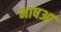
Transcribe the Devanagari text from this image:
भाषआ